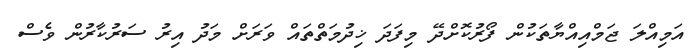
އަމިއްލަ ޖަމްއިއްޔާތަކުން ފޯރުކޮށްދޭ މިފަދަ ޚިދުމަތްތައް ވަރަށް މަދު އިރު ސަރުކާރުން ވެސް